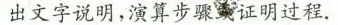
出文字说明，演算步骤证明过程.